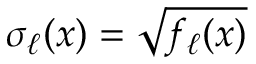
\sigma _ { \ell } ( x ) = \sqrt { f _ { \ell } ( x ) }